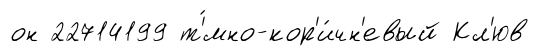
он 22714199 т'́мно-кор'и́чн'евый Кл'юв